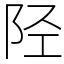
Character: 陉